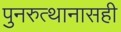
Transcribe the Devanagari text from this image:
पुनरुत्थानासही